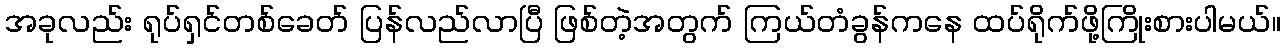
အခုလည်း ရုပ်ရှင်တစ်ခေတ် ပြန်လည်လာပြီ ဖြစ်တဲ့အတွက် ကြယ်တံခွန်ကနေ ထပ်ရိုက်ဖို့ကြိုးစားပါမယ်။